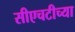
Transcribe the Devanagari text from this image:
सीएचटीच्या